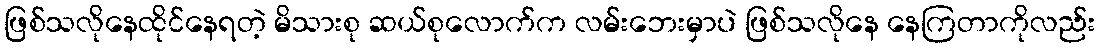
ဖြစ်သလိုနေထိုင်နေရတဲ့ မိသားစု ဆယ်စုလောက်က လမ်းဘေးမှာပဲ ဖြစ်သလိုနေ နေကြတာကိုလည်း